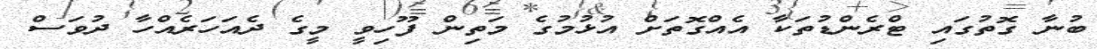
ބުނާ ގޮތުގައި ޓްރެންޑުތަކާ އެއްގޮތަށް އުޅުމުގެ މަތިން ފޫހިވީ މީގެ ދެއަހަރެއްހާ ދުވަސް